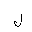
Letter: _lam